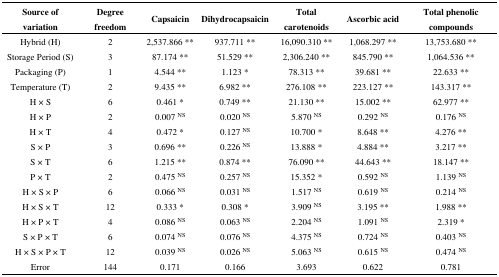
| Source of variation | Degree freedom | Capsaicin | Dihydrocapsaicin | Total carotenoids | Ascorbic acid | Total phenolic compounds |
 | --- | --- | --- | --- | --- | --- | --- |
 | Hybrid (H) | 2 | 2,537.866 ** | 937.711 ** | 16,090.310 ** | 1,068.297 ** | 13,753.680 ** |
 | Storage Period (S) | 3 | 87.174 ** | 51.529 ** | 2,306.240 ** | 845.790 ** | 1,064.536 ** |
 | Packaging (P) | 1 | 4.544 ** | 1.123 * | 78.313 ** | 39.681 ** | 22.633 ** |
 | Temperature (T) | 2 | 9.435 ** | 6.982 ** | 276.108 ** | 223.127 ** | 143.317 ** |
 | H × S | 6 | 0.461 * | 0.749 ** | 21.130 ** | 15.002 ** | 62.977 ** |
 | H × P | 2 | 0.007 NS | 0.020 NS | 5.870 NS | 0.292 NS | 0.176 NS |
 | H × T | 4 | 0.472 * | 0.127 NS | 10.700 * | 8.648 ** | 4.276 ** |
 | S × P | 3 | 0.696 ** | 0.226 NS | 13.888 * | 4.884 ** | 3.217 ** |
 | S × T | 6 | 1.215 ** | 0.874 ** | 76.090 ** | 44.643 ** | 18.147 ** |
 | P × T | 2 | 0.475 NS | 0.257 NS | 15.352 * | 0.592 NS | 1.139 NS |
 | H × S × P | 6 | 0.066 NS | 0.031 NS | 1.517 NS | 0.619 NS | 0.214 NS |
 | H × S × T | 12 | 0.333 * | 0.308 * | 3.909 NS | 3.195 ** | 1.988 ** |
 | H × P × T | 4 | 0.086 NS | 0.063 NS | 2.204 NS | 1.091 NS | 2.319 * |
 | S × P × T | 6 | 0.074 NS | 0.076 NS | 4.375 NS | 0.724 NS | 0.403 NS |
 | H × S × P × T | 12 | 0.039 NS | 0.026 NS | 5.063 NS | 0.615 NS | 0.474 NS |
 | Error | 144 | 0.171 | 0.166 | 3.693 | 0.622 | 0.781 |